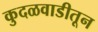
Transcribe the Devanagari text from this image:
कुदळवाडीतून